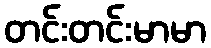
တင်းတင်းမာမာ